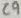
Text: C9